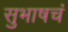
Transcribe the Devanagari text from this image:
सुभाषचं